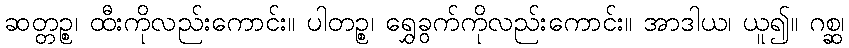
ဆတ္တဉ္စ၊ ထီးကိုလည်းကောင်း။ ပါတဉ္စ၊ ရွှေခွက်ကိုလည်းကောင်း။ အာဒါယ၊ ယူ၍။ ဂစ္ဆ၊